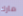
مارك